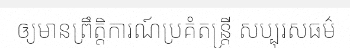
ឲ្យមានព្រឹត្តិការណ៍ប្រគំតន្ត្រី សប្បុរសធម៌